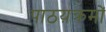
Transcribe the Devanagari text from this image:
पाठय़क्रमों